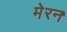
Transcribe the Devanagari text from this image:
मेरन